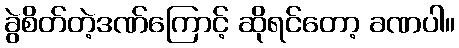
ခွဲစိတ်တဲ့ဒဏ်ကြောင့် ဆိုရင်တော့ ခဏပါ။